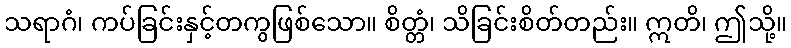
သရာဂံ၊ ကပ်ခြင်းနှင့်တကွဖြစ်သော။ စိတ္တံ၊ သိခြင်းစိတ်တည်း။ ဣတိ၊ ဤသို့။